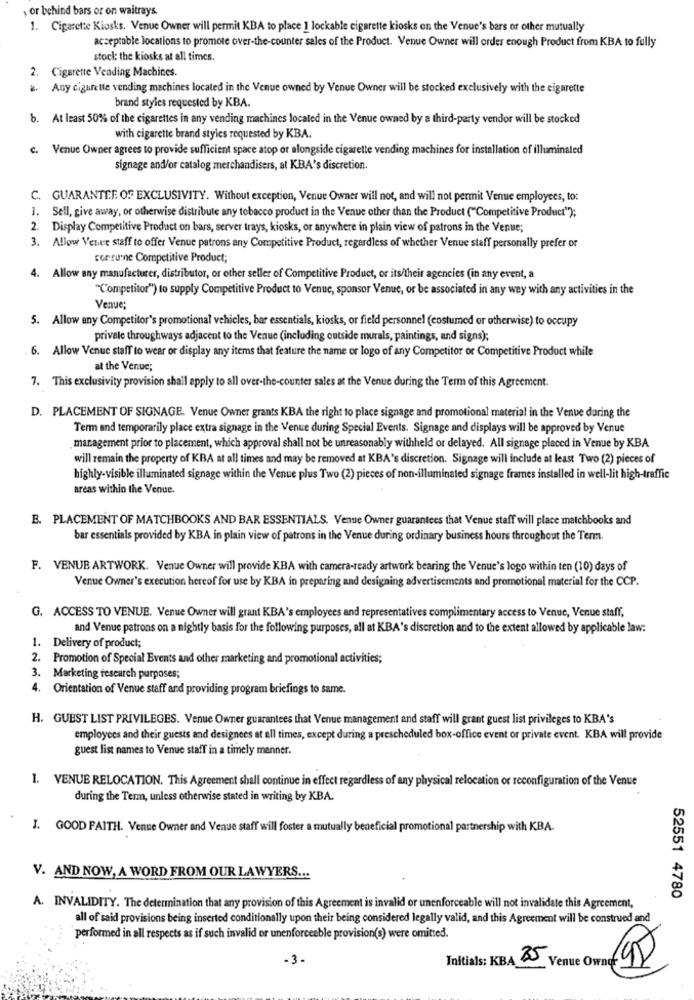
, or behind bars or on waitrays.
1. Cigarette Kiosks. Venue Owner will permit KBA to place 1 lockable cigarette kiosks on the Venue's bars or other mutually
acceptable locations to promote over-the-counter sales of the Product. Venue Owner will order enough Product from KBA to fully
stock: the kiosks at all times.
2. Cigarette Vending Machines.
Any cigarette vending machines located in the Venue owned by Venue Owner will be stocked exclusively with the cigarette
brand styles requested by KBA.
b. At least 50% of the cigarettes in any vending machines located in the Venue owned by a third-party vendor will be stocked
with cigarette brand styles requested by KBA.
c. Venue Owner agrees to provide sufficient space atop or alongside cigarette vending machines for installation of illuminated
signage and/or catalog merchandisers, at KBA's discretion.
C. GUARANTEE OF EXCLUSIVITY. Without exception, Venue Owner will not, and will not permit Venue employees, to:
1. Sell, give away, or otherwise distribute any tobacco product in the Venue other than the Product ("Competitive Product");
2. Display Competitive Product on bars, server trays, kiosks, or anywhere in plain view of patrons in the Venue;
3. Allow Venue staff to offer Venue patrons any Competitive Product, regardless of whether Venue staff personally prefer or
consume Competitive Product;
4. Allow any manufacturer, distributor, or other seller of Competitive Product, or its/their agencies (in any event, a
"Competitor") to supply Competitive Product to Venue, sponsor Venue, or be associated in any way with any activities in the
Venue:
5. Allow any Competitor's promotional vehicles, bar essentials, kiosks, or field personnel (costumed or otherwise) to occupy
private throughways adjacent to the Venue (including outside murals, paintings, and signs);
6. Allow Venue staff to wear or display any items that feature the name or logo of any Competitor or Competitive Product while
at the Venue;
7. This exclusivity provision shall apply to all over-the-counter sales at the Venue during the Term of this Agreement.
D. PLACEMENT OF SIGNAGE. Venue Owner grants KBA the right to place signage and promotional material in the Venue during the
Term and temporarily place extra signage in the Venue during Special Events. Signage and displays will be approved by Venue
management prior to placement, which approval shall not be unreasonably withheld or delayed. All signage placed in Venue by KBA
will remain the property of KBA at all times and may be removed at KBA's discretion. Signage will include at least Two (2) pieces of
highly-visible illuminated signage within the Venue plus Two (2) pieces of non-illuminated signage frames installed in well-lit high-traffic
areas within the Venue.
E. PLACEMENT OF MATCHBOOKS AND BAR ESSENTIALS. Venue Owner guarantees that Venue staff will place matchbooks and
bar essentials provided by KBA in plain view of patrons in the Venue during ordinary business hours throughout the Term
F. VENUE ARTWORK. Venue Owner will provide KBA with camera-ready artwork bearing the Venue's logo within ten (10) days of
Venue Owner's execution hereof for use by KBA in preparing and designing advertisements and promotional material for the CCP.
G. ACCESS TO VENUE. Venue Owner will grant KBA's employees and representatives complimentary access to Venue, Venue staff,
and Venue patrons on a nightly basis for the following purposes, all at KBA's discretion and to the extent allowed by applicable law:
1. Delivery of product;
2. Promotion of Special Events and other marketing and promotional activities;
3. Marketing research purposes;
4. Orientation of Venue staff and providing program briefings to same.
H. GUEST LIST PRIVILEGES. Venue Owner guarantees that Venue management and staff will grant guest list privileges to KBA's
employees and their guests and designees at all times, except during a prescheduled box-office event or private event. KBA will provide
guest list names to Venue staff in a timely manner.
1. VENUE RELOCATION. This Agreement shall continue in effect regardless of any physical relocation or reconfiguration of the Venue
during the Term, unless otherwise stated in writing by KBA.
J. GOOD FAITH. Venue Owner and Venue staff will foster a mutually beneficial promotional partnership with KBA.
V. AND NOW, A WORD FROM OUR LAWYERS ...
52551 4780
A. INVALIDITY. The determination that any provision of this Agreement is invalid or unenforceable will not invalidate this Agreement,
all of said provisions being inserted conditionally upon their being considered legally valid, and this Agreement will be construed and
performed in all respects as if such invalid or unenforceable provision(s) were omitted.
- 3-
Initials: KBA 4 Venue Owne 95